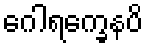
ဂေါရက္ခေနပိ